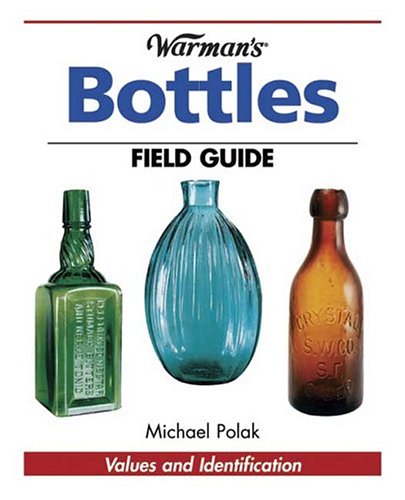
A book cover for Warman's Bottles Field Guide: Values and Identification (Warman's Field Guide); Michael Polak; Crafts, Hobbies & Home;